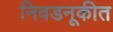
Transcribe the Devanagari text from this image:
निवडनूकीत